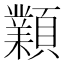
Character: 𩕟